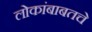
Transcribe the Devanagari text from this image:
लोकांबाबतचे